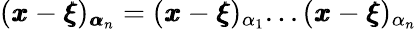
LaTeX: ({\pmb x}-{\pmb\xi})_{{\pmb\alpha}_{n}}=({\pmb x}-{\pmb\xi})_{\alpha_{1}}...({\pmb x}-{\pmb\xi})_{\alpha_{n}}